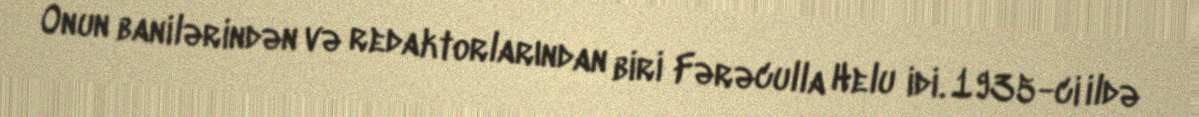
Onun banilərindən və redaktorlarından biri Fərəculla Helu idi. 1935-ci ildə